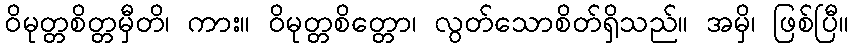
ဝိမုတ္တစိတ္တမှီတိ၊ ကား။ ဝိမုတ္တစိတ္တော၊ လွတ်သောစိတ်ရှိသည်။ အမှိ၊ ဖြစ်ပြီ။